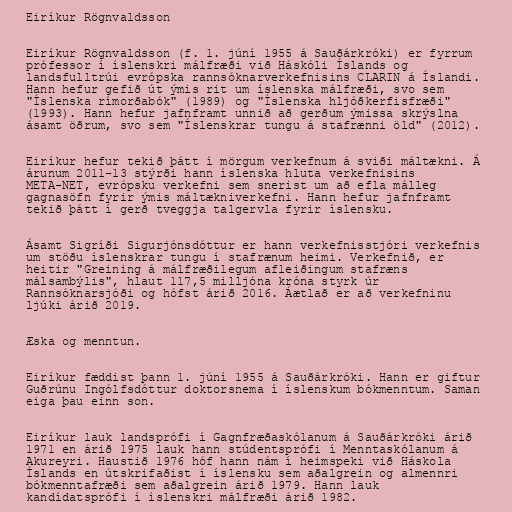
Eiríkur Rögnvaldsson

Eiríkur Rögnvaldsson (f. 1. júní 1955 á Sauðárkróki) er fyrrum
prófessor í íslenskri málfræði við Háskóli Íslands og
landsfulltrúi evrópska rannsóknarverkefnisins CLARIN á Íslandi.
Hann hefur gefið út ýmis rit um íslenska málfræði, svo sem
"Íslenska rímorðabók" (1989) og "Íslenska hljóðkerfisfræði"
(1993). Hann hefur jafnframt unnið að gerðum ýmissa skrýslna
ásamt öðrum, svo sem "Íslenskrar tungu á stafrænni öld" (2012).

Eiríkur hefur tekið þátt í mörgum verkefnum á sviði máltækni. Á
árunum 2011–13 stýrði hann íslenska hluta verkefnisins
META-NET, evrópsku verkefni sem snerist um að efla málleg
gagnasöfn fyrir ýmis máltækniverkefni. Hann hefur jafnframt
tekið þátt í gerð tveggja talgervla fyrir íslensku.

Ásamt Sigríði Sigurjónsdóttur er hann verkefnisstjóri verkefnis
um stöðu íslenskrar tungu í stafrænum heimi. Verkefnið, er
heitir "Greining á málfræðilegum afleiðingum stafræns
málsambýlis", hlaut 117,5 milljóna króna styrk úr
Rannsóknarsjóði og hófst árið 2016. Áætlað er að verkefninu
ljúki árið 2019.

Æska og menntun.

Eiríkur fæddist þann 1. júní 1955 á Sauðárkróki. Hann er giftur
Guðrúnu Ingólfsdóttur doktorsnema í íslenskum bókmenntum. Saman
eiga þau einn son.

Eiríkur lauk landsprófi í Gagnfræðaskólanum á Sauðárkróki árið
1971 en árið 1975 lauk hann stúdentsprófi í Menntaskólanum á
Akureyri. Haustið 1976 hóf hann nám í heimspeki við Háskola
Íslands en útskrifaðist í íslensku sem aðalgrein og almennri
bókmenntafræði sem aðalgrein árið 1979. Hann lauk
kandídatsprófi í íslenskri málfræði árið 1982.